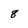
Character: 8